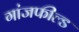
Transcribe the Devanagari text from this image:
गांजफील्ड